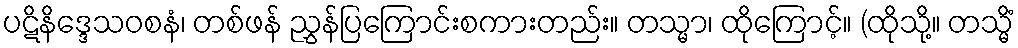
ပဋိနိဒ္ဒေသဝစနံ၊ တစ်ဖန် ညွှန်ပြကြောင်းစကားတည်း။ တသ္မာ၊ ထိုကြောင့်။ (ထိုသို့။ တသ္မိံ